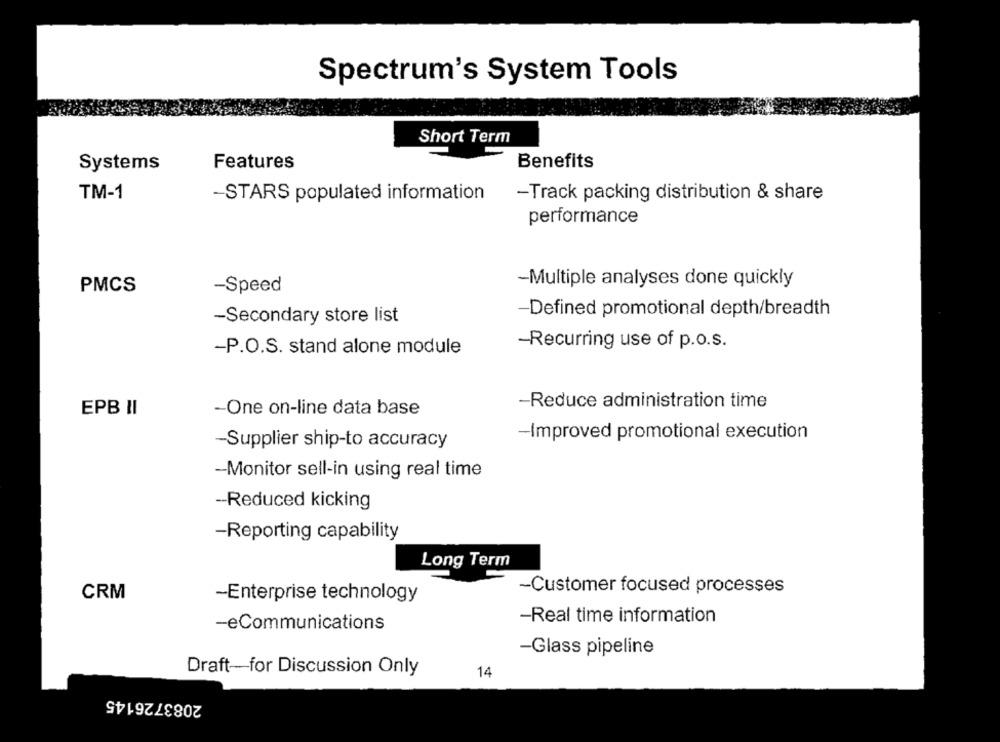
Spectrum's System Tools
Short Term
Benefits
Systems
Features
TM-1
-STARS populated information
-Track packing distribution & share
performance
-Multiple analyses done quickly
PMCS
-Speed
-Secondary store list
-Defined promotional depth/breadth
-Recurring use of p.o.s.
-P.O.S. stand alone module
-Reduce administration time
EPB II
-One on-line data base
-Improved promotional execution
-Supplier ship-to accuracy
-Monitor sell-in using real time
-Reduced kicking
-Reporting capability
Long Term
-Customer focused processes
CRM
-Enterprise technology
-Real time information
-eCommunications
-Glass pipeline
Draft-for Discussion Only
14
2083726145